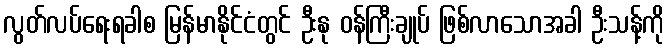
လွတ်လပ်ရေးရခါစ မြန်မာနိုင်ငံတွင် ဦးနု ဝန်ကြီးချုပ် ဖြစ်လာသောအခါ ဦးသန့်ကို